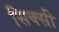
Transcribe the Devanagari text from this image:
सिक्सी